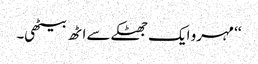
‘‘ مہرو ایک جھٹکے سے اٹھ بیٹھی۔